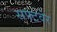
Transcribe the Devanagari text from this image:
सफ्टवेर